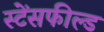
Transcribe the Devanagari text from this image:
स्टेंसफील्ड